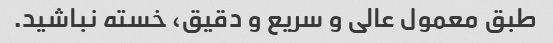
طبق معمول عالی و سریع و دقیق، خسته نباشید.